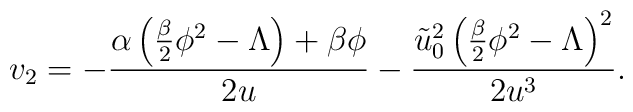
v_2 = -\frac{\alpha \left( \frac{\beta}{2} \phi^2 - \Lambda \right)    + \beta \phi}{2u} - \frac{\tilde{u}_0^2 \left( \frac{\beta}{2}      \phi^2 - \Lambda \right)^2}{2u^3}.